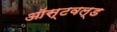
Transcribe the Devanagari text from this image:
ऑस्टवल्ड